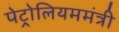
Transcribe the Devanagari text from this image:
पेट्रोलियममंत्री